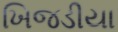
ખિજડીયા